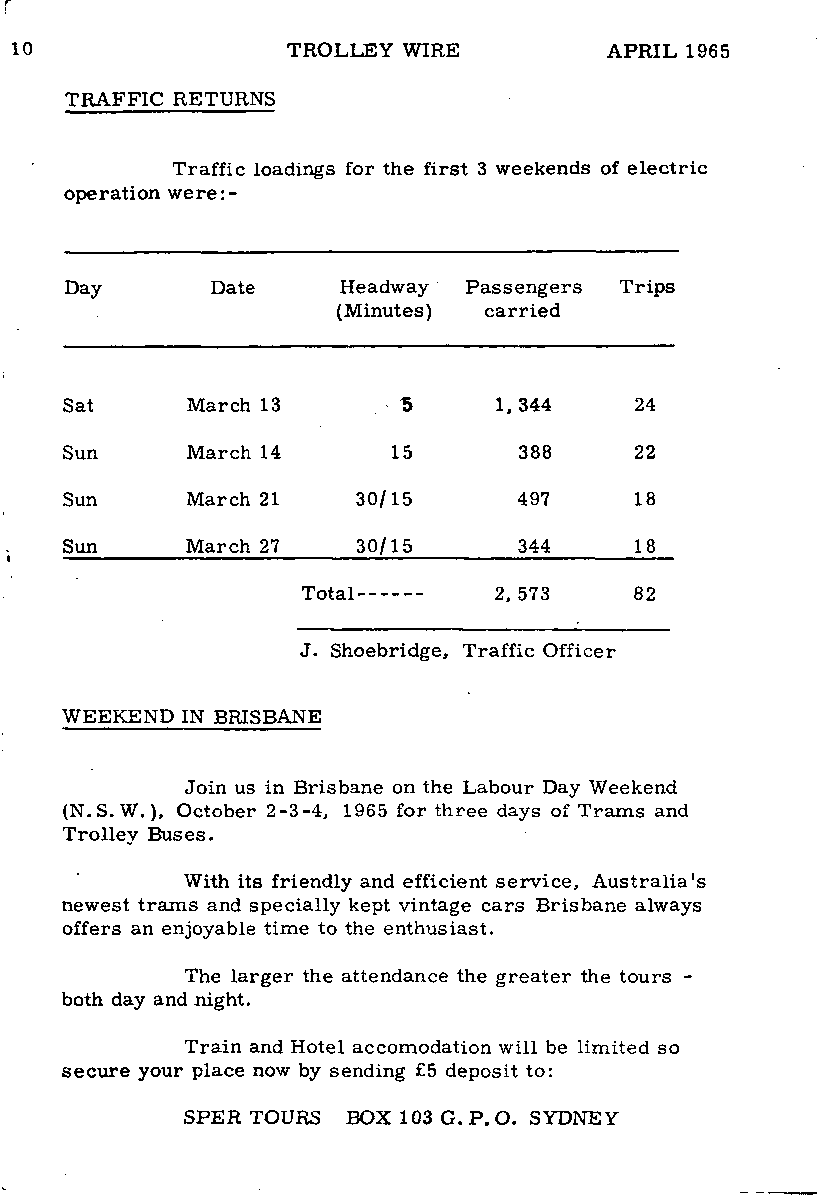
TROLLEY WIRE         APRIL 1965
 TRAFFIC RETURNS
 Traffic loadings for the first 3 weekends of electric
 operation were:-
 Day       Date    Headway  Passengers Trips
 (Minutes) carried
 Sat     March 13       5     1,344    24
 Sun     March 14      15      388     22
 Sun     March 21    30/15     497     18
 Sun     March 27    30/15     344     18
 Total        2, 573   82
 J. Shoebridge, Traffic Officer
 WEEKEND IN BRISBANE
 Join us in Brisbane on the Labour Day Weekend
 (N.S. W.), October 2-3-4, 1965 for three days of Trams and
 Trolley Buses.
 With its friendly and efficient service, Australia's
 newest trams and specially kept vintage cars Brisbane always
 offers an enjoyable time to the enthusiast.
 The larger the attendance the greater the tours -
 both day and night.
 Train and Hotel accomodation will be limited so
 secure your place now by sending £5 deposit to:
 SPER TOURS BOX 103 G. P. O. SYDNEY